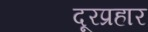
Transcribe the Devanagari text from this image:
दूरप्रहार